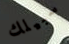
سبيلك